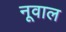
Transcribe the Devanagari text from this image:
नूवाल